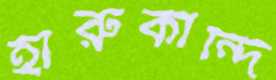
হারুকান্দি